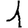
Digit: 1